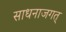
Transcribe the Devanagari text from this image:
साधनाजगत्